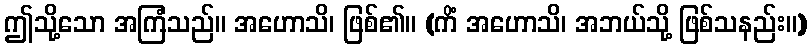
ဤသို့သော အကြံသည်။ အဟောသိ၊ ဖြစ်၏။ (ကိံ အဟောသိ၊ အဘယ်သို့ ဖြစ်သနည်း။)